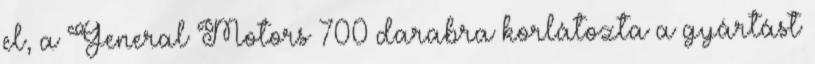
el, a General Motors 700 darabra korlátozta a gyártást